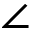
\angle